kultuurilooline_kollektsioon, lk 69
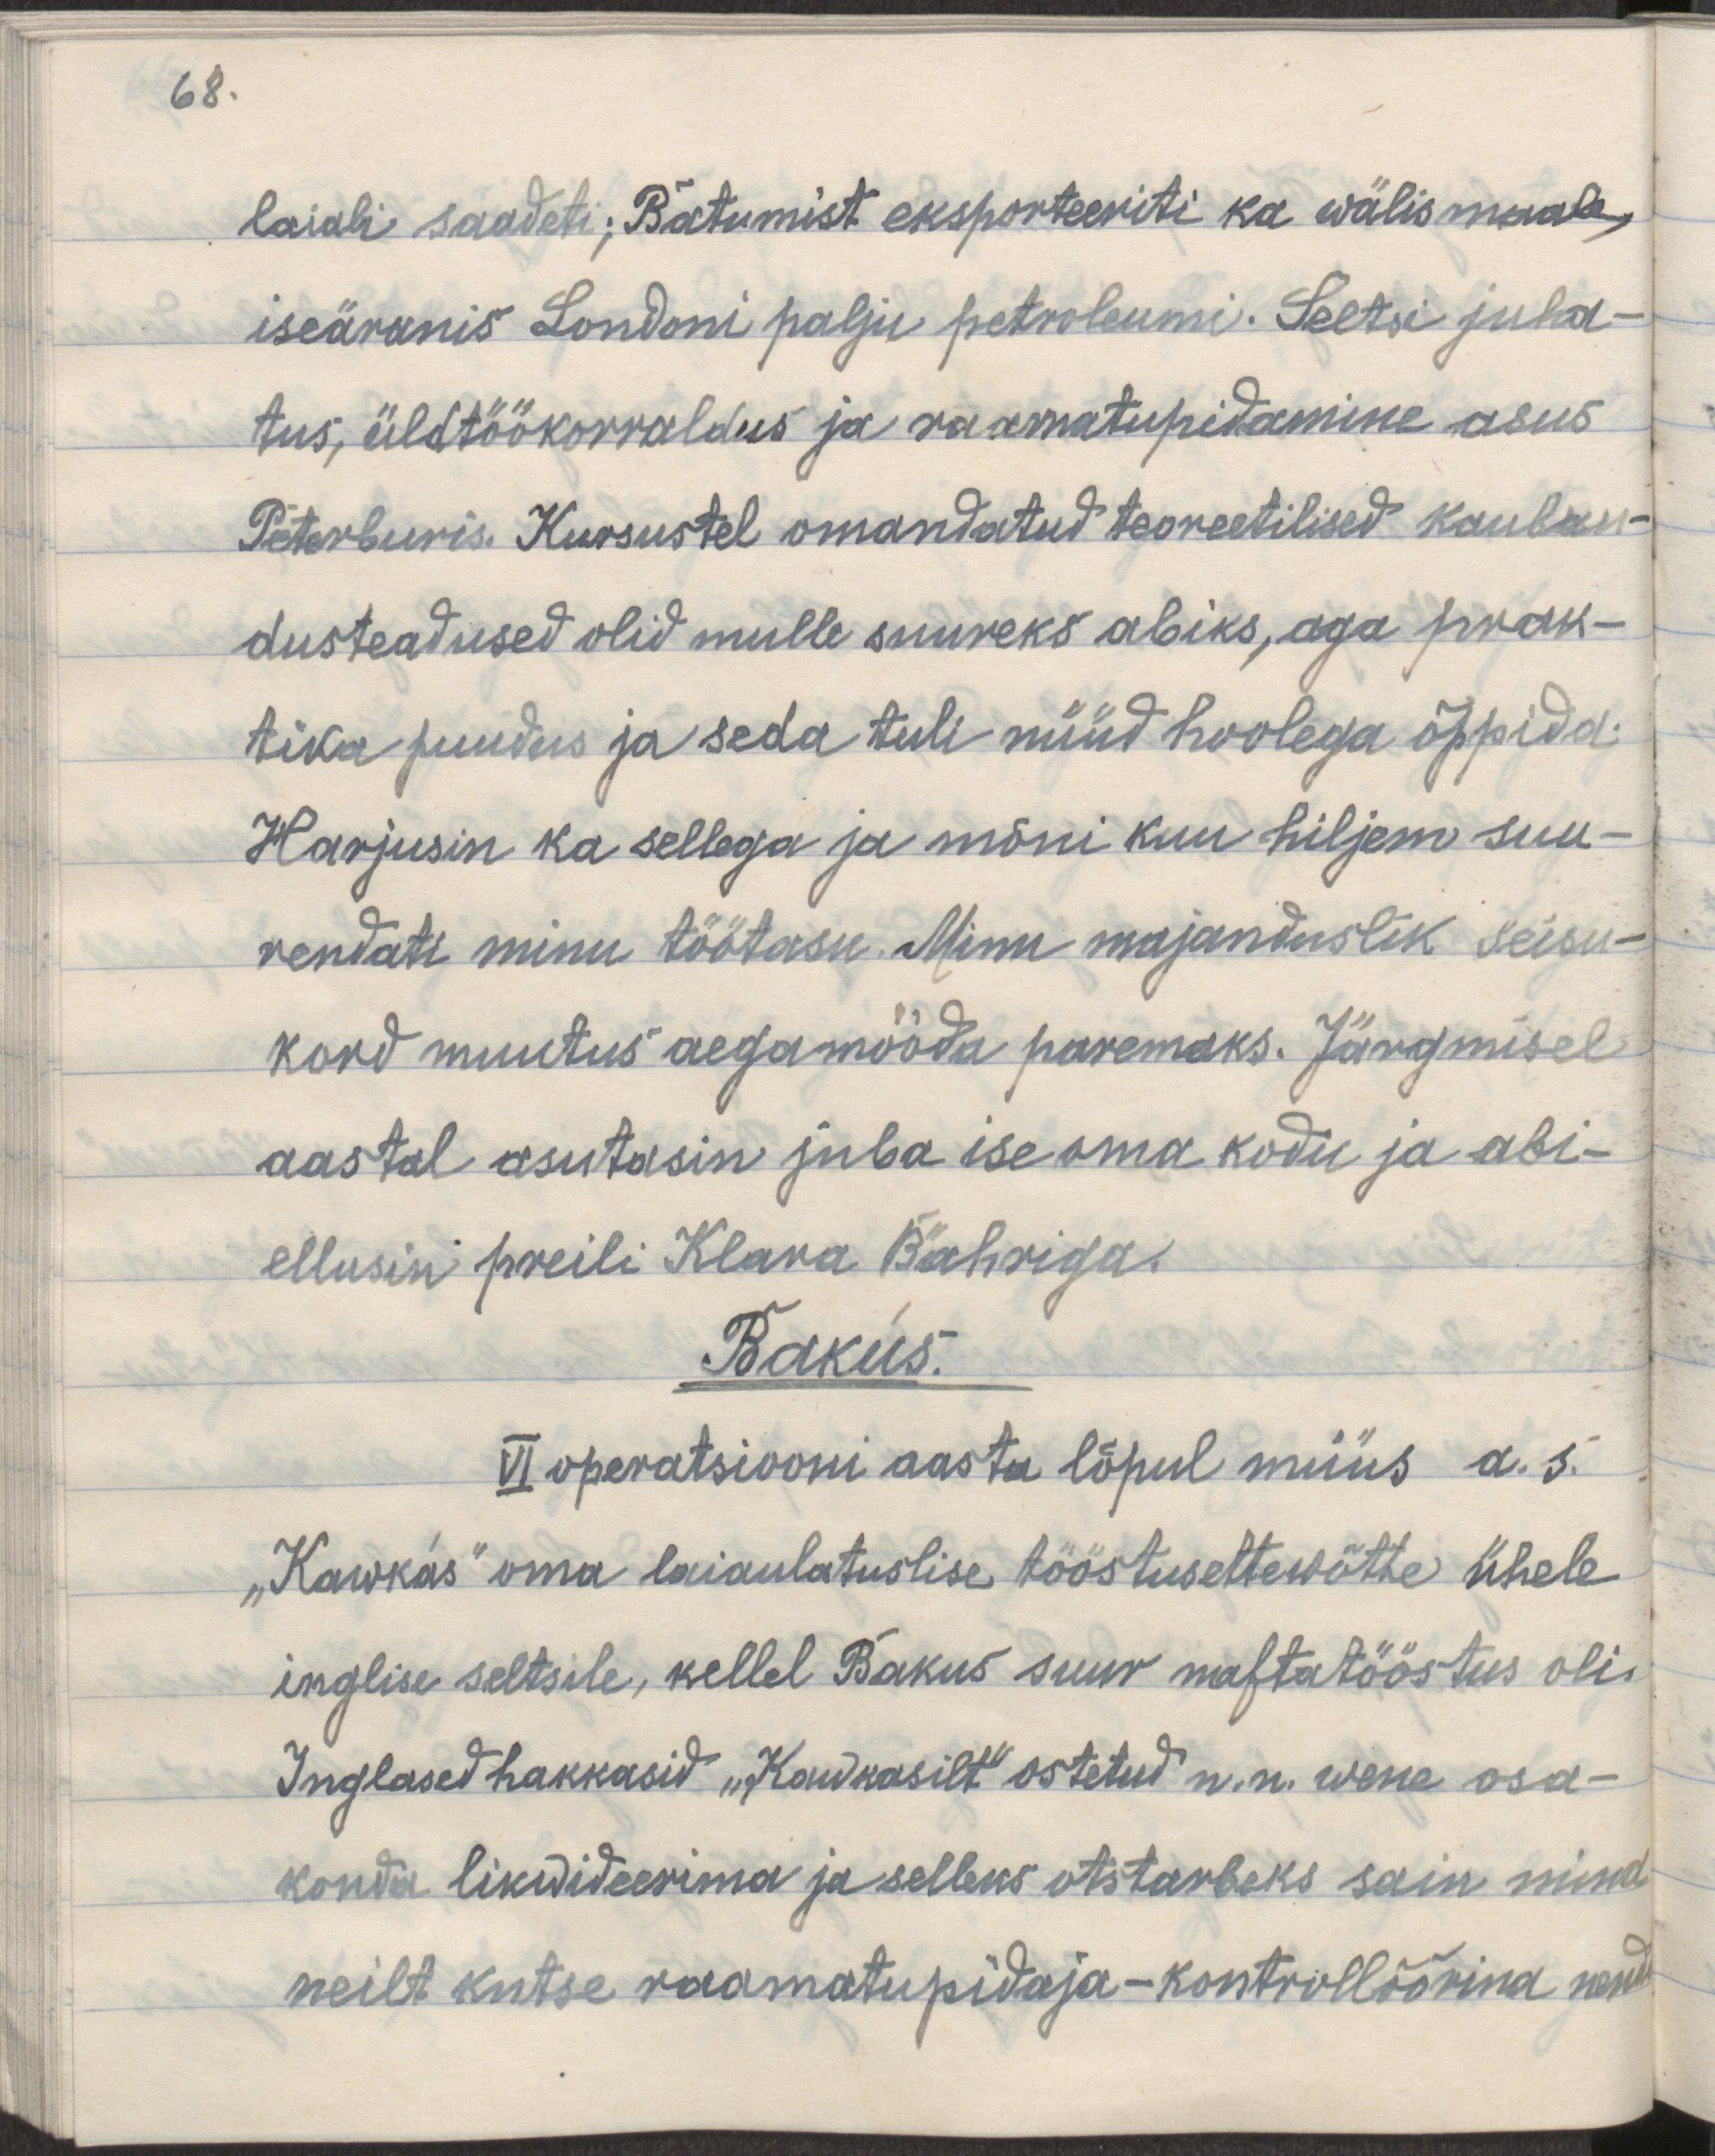
68
laiali saadeti; Batumist eksporteeriti ka wälismaale,
iseäranis Londoni palju petroleumi. Seltsi juha-
tus, üldtöökorraldus ja raamatupidamine asus
Peterburis. Kursustel omandatud teoreetilised kauban-
dusteadmised olid mulle suureks abiks, aga prak-
tika puudus ja seda tuli nüüd hoolega õppida.
Harjusin ka sellega ja mõni kuu hiljem suu-
rendati minu töötasu. Minu majanduslik seisu-
kord muutus aegamööda paremaks. Järgmisel
aastal asutasin juba ise oma kodu ja abi-
ellusin preili Klara Bähriga.
Bakus.
VI operatsiooni aasta lõpul müüs a.s.
"Kawkas" oma laiaulatuslise tööstuseettewõtte ühele
inglise seltsile, kellel Bakus suur naftatööstus oli.
Inglased hakkasid "Kawkasilt" ostetud n.n. wene osa-
konda likwideerima ja selleks otstarbeks sain mina
neilt kutse raamatupidaja-kontrollöörina nende